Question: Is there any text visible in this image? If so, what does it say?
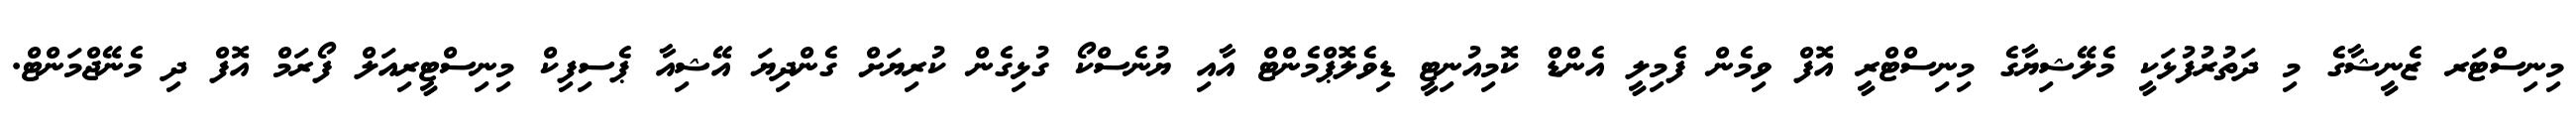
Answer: މިނިސްޓަރ ޒެނީޝާގެ މި ދަތުރުފުޅަކީ މެލޭޝިޔާގެ މިނިސްޓްރީ އޮފް ވިމެން ފެމިލީ އެންޑް ކޮމިއުނިޓީ ޑިވެލޮޕްމެންޓް އާއި ޔުނެސްކޯ ގުޅިގެން ކުރިޔަށް ގެންދިޔަ އޭޝިއާ ޕެސިފިކް މިނިސްޓީރިއަލް ފޯރަމް އޮފް ދި މެނޭޖްމަންޓް.